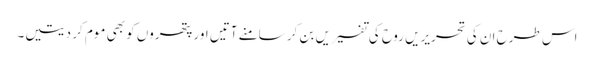
اس طرح ان کی تحریریں روح کی تفسیریں بن کر سامنے آتیں اور پتھروں کو بھی موم کر دیتیں۔